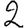
Digit: 2